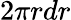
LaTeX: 2\pi rdr